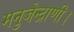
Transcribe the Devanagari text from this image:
मनुजेन्द्राणी।